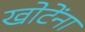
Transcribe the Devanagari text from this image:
खोटेंना